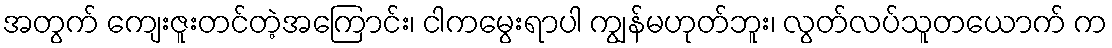
အတွက် ကျေးဇူးတင်တဲ့အကြောင်း၊ ငါကမွေးရာပါ ကျွန်မဟုတ်ဘူး၊ လွတ်လပ်သူတယောက် က